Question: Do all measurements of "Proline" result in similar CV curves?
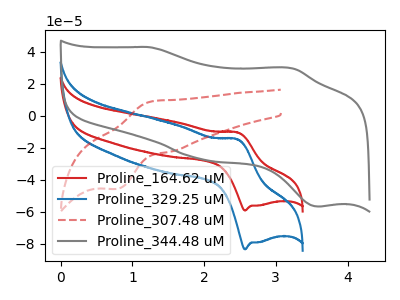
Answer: <think>The red curve "Proline_164.62 uM" has an anodic peak at (2.45V, -10.50uA) and a cathodic peak at (2.55V, -59.20uA). The blue curve "Proline_329.25 uM" has an anodic peak at (2.45V, -14.85uA) and a cathodic peak at (2.55V, -83.40uA). The red dashed curve "Proline_307.48 uM" has an anodic peak at (1.30V, 9.10uA) and a cathodic peak at (0.80V, -45.70uA). The gray curve "Proline_344.48 uM" has anodic peaks at (1.25V, 42.70uA) (3.25V, 29.45uA) and cathodic peaks at (1.95V, -27.25uA) (3.60V, -56.70uA).
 All the peaks in "Proline_164.62 uM" have a peak in "Proline_329.25 uM" at the same potential. "Proline_164.62 uM" and "Proline_307.48 uM" have at least one peak that do not match. "Proline_164.62 uM" and "Proline_344.48 uM" have a different number of peaks. "Proline_329.25 uM" and "Proline_307.48 uM" have at least one peak that do not match. "Proline_329.25 uM" and "Proline_344.48 uM" have a different number of peaks. "Proline_307.48 uM" and "Proline_344.48 uM" have a different number of peaks.</think>
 <answer>All the CV's of "Proline" have similar shape.</answer>
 <eval>follow_rule</eval>